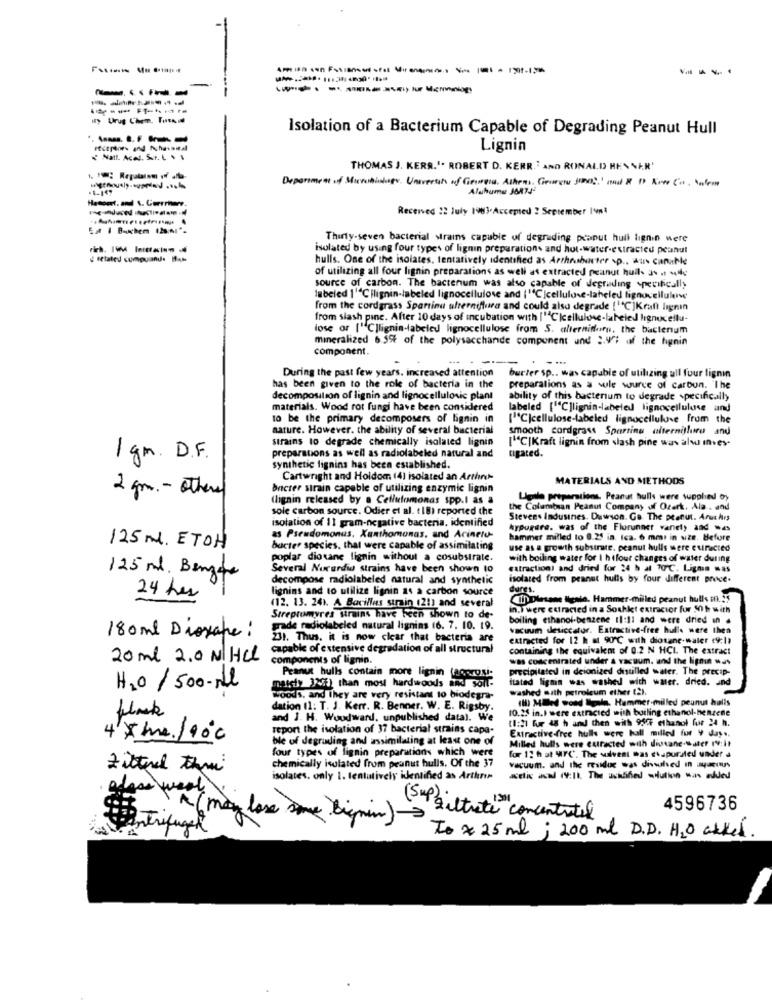
ity Urug Chem. Tata Il
Isolation of a Bacterium Capable of Degrading Peanut Hull
Lignin
THOMAS J. KERR.". ROBERT D. KERR.' AND RONALD HEN NAR'
Department of Microbiology University of Genera, Athens, Geuren Sono?' mal & D AvCil
-1-147
Aluhume JA74
Received :2 July 1983.Accepted : September 19ml
Thirty-seven bacterial strains capable of degrading peanut hull lignin were
isolated by using four types of lignin preparation and hot-water-extracted peanut
¿ Related cumpuand.
hulls. One of the isolates, tentatively identified as Arthrushurter .p .. aus Canable
of utilizing all four lignin preparations as well as extracted peanut hull as it willy
source of carbon. The bacterium was also capable of degrading specifically
labeled 1'Cilignin-labeled lignocellulose and ("CIcellulose-labeled lignocellulene
from the cordgrass Spartinu ulterniftura and could also degrade ["C]Kraft lıgnin
from slash pine. After 10 days of incubation with ["Ckcellulose-labeled lignucellu-
lose or ["C]lignin-labeled lignocellulose from S. alterniforu, the bacterium
mineralized 6.59% of the polysacchande component und 2.47; of the hignin
component.
--
During the past few years, increased attention burter sp .. was capable of utilizing ull four lignin
has been given to the role of bacteria in the
preparations as a sule source of carbon. The
decomposition of lignin and lignocellulovic plant
ability of this bacterium to degrade specifically
materials. Wood rot fungi have been considered
labeled ["C]lignin-labeled lignocellulose and
to be the primary decomposers of lignin in
["C|cellulose-labeled lignocellulose from the
nature. However, the ability of several bacterial
smooth cardgrass Spartinu alterniflure and
strains to degrade chemically isolated lignin
["C|Kraft lignin from <lash pine was also inves-
1 gm. D.F.
preparations as well as radiolabeled natural and
cigared.
synthetic lignins has been established.
Cartwright and Holdom (4) isolated an Arthr-
MATERIALS AND METHODS
2 gm .- others
bacter strain capable of utilizing enzymic lignin
(lignin released by a Cellufomonas spp.I as a
Ligde preparations. Peanut hulls were supplied by
sole carbon source. Odier et al. ( 18) reported the
the Columbian Peanut Company of Ozark. Ala. and
isolation of 11 gram-negative bacteria, identified
Stevens Indusines. Dawson. Go. The peanut. Aruches
Arpurare. was of the Flurunner variety and was
as Pseudomonas. Xanthomonas, and Acineto-
hammer milled to 0.21 in. (ca. 6 mm. in size. Before
125 M. ETOH
bucter species, that were capable of assimilating
use as a growth substrate. peanut hulls were extracted
poplar dio tane lignin without a cosubstrate.
with boiling water for I h tfour changes of water during
Several Nururdid strains have been shown to
extraction) and dried for 24 h at 10℃. Ligme was
125 ml. Bengte
decompose radiolabeled natural and synthetic
isolated from peanut hulls by four different price-
lignins and to utilize lignin as a carbon source
dungs.
24 her
(12. 13. 241. A Bacillus strain (21) and several
CI) Diesane Igate. Hammer-milled peanut hulls mn. 25
in.i were extracted in a Soaklet extractor fur 50 h with
Streptomyres strains have been shown to de-
boiling ethanol-benzene 11:11 and were dried in .
prade radiolabeled natural lignins (6. 7. 10. 19.
vacuuin desiccator. Extractive-free hulle were then
180 ml Dioxape:
31. Thus. it is now clear that bacteria are
extracted for 12 h at 90℃ with diotane-water (9:1)
capable of extensive degradation of all structural
containing the equivalent of 0.2 N HCI. The extract
20ml 2.0 N/ HCL
components of lignin.
was concentrated under a vacuum. and the lignin was
precipitated in deionized distilled water. The precip-
Peanut hulls contain more lignin Lagerost
itated lignin was washed with water. dried. and
H2O/ 500-Ml
mostofy Jeff) than most hardwoods and soll-
washed with petroleum ether (2).
woods, and they are very resistant to biodegra-
(Il) MEed wood Igala, Hummer-milled peunut hulls
dation (1: T. J. Kerr. R. Benner. W. E. Rigsby.
10.25 in.) were extracted with builing ethanol-benzene
and J. H. Woodward, unpublished datal. We
11:21 fur 48 h and then with 95CF ethanol fur 24 h.
report the isolation of 37 bacterial strains capa-
Extractive free hulls were hall milled fur y day ..
4 * me./90℃
be of degrunding and assimilating at least one of
Milled hulls were curacted with disane-water 19:it
four types of lignin preparations which were
for 12 h at MFC. The suivent was evaporated under a
chemically isolated from peanut hulls. Of the 37
Zitterel them
vacuum. and the residue was divouhed in yunus
isolates. only 1. tentatively identified as Arthron
week
4596736
A (may lose some bigmin )
(5up S'iltrate concentrate)
To x 25 ml ; 200 ml D.D. H2O asked.